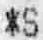
*S